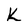
Character: k